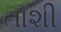
તાશી